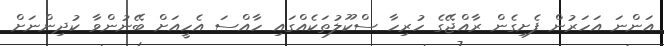
އަންނަ އަހަރުން ފެށިގެން ރާއްޖޭގެ ހުރިހާ ސްކޫލުތަކެއްގައި ހާއްސަ އެހީއަށް ބޭނުންވާ ކުދިންނަށް